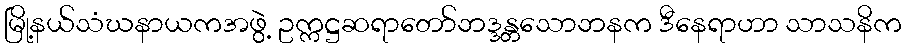
မြို့နယ်သံဃနာယကအဖွဲ့ ဥက္ကဋ္ဌဆရာတော်ဘဒ္ဒန္တသောဘနက ဒီနေရာဟာ သာသနိက